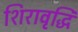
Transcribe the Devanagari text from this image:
शिरावृद्धि